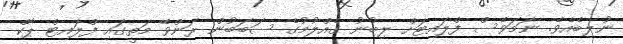
ނުލިބެއެވެ. ނަމަވެސް ފްލައިޓަށް ލިބުނު ގެއްލުމުގެ ސަބަބުން ރަންވޭ މަތީގައި ފްލައިޓް ޕާކް